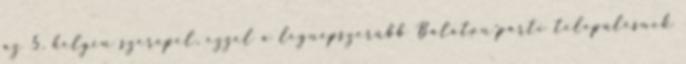
az 5. helyen szerepel, ezzel a legnépszerűbb Balaton-parti településnek